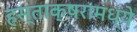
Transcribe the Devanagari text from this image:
हस्ताक्षरामध्ये